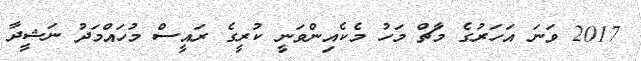
2017 ވަނަ އަހަރުގެ މާޗް މަހު މެކެއިންވަނީ ކުރީގެ ރައީސް މުހައްމަދު ނަޝީދާ